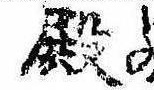
殿